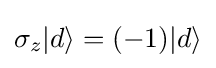
\sigma _{z}|d\rangle =(-1)|d\rangle